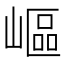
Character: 嶇